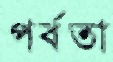
পর্বতা